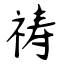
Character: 祷